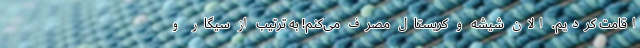
اقامت کردیم. الان شیشه و کریستال مصرف می‌کنم! به ترتیب از سیگار و